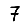
Digit: 7